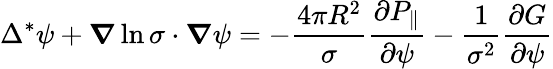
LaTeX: \Delta^{*}\psi+\boldsymbol{\nabla}\ln\sigma\cdot\boldsymbol{\nabla}\psi=-\frac{4\pi R^{2}}{\sigma}\frac{\partial P_{\parallel}}{\partial\psi}-\frac{1}{\sigma^{2}}\frac{\partial G}{\partial\psi}